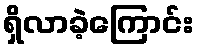
ရှိလာခဲ့ကြောင်း